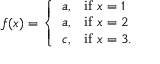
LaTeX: f ( x ) = \left\{ { \begin{array} { l l } { a , } & { { \mathrm { i f ~ } } x = 1 } \\ { a , } & { { \mathrm { i f ~ } } x = 2 } \\ { c , } & { { \mathrm { i f ~ } } x = 3 . } \end{array} } \right.